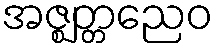
အဇ္ဈတ္တညေဝ